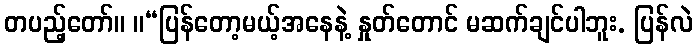
တပည့်တော်။ ။“ပြန်တော့မယ့်အနေနဲ့ နှုတ်တောင် မဆက်ချင်ပါဘူး. ပြန်လဲ